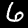
Digit: 6